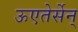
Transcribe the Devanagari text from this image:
ऊएतेर्सेन्